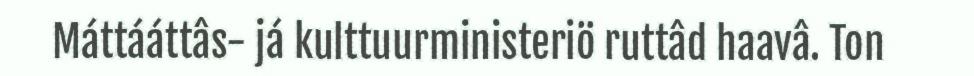
Máttááttâs- já kulttuurministeriö ruttâd haavâ. Ton